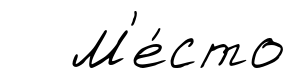
М'е́сто